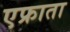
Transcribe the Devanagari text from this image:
एफ्राता